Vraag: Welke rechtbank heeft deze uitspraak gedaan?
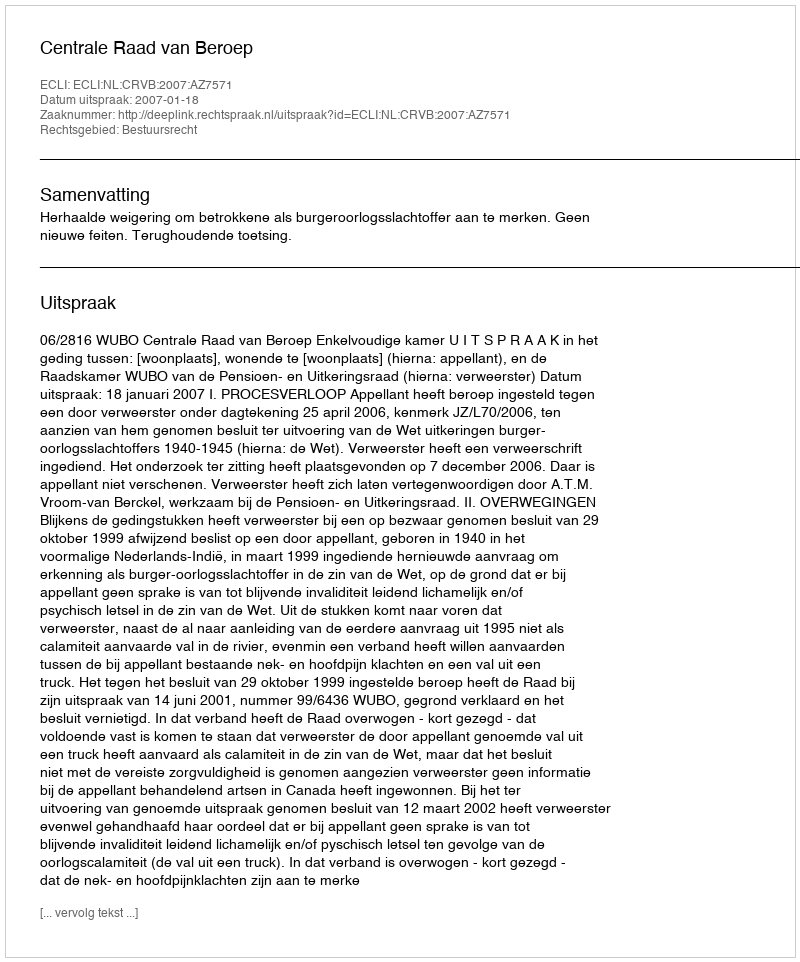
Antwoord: Centrale Raad van Beroep